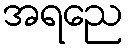
အရညေ